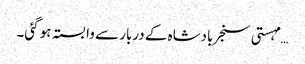
… مہستی سنجر بادشاہ کے دربار سے وابستہ ہو گئی۔